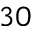
3 0